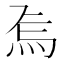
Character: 𭴚